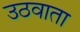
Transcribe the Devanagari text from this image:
उठवाता